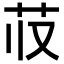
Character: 𬜤